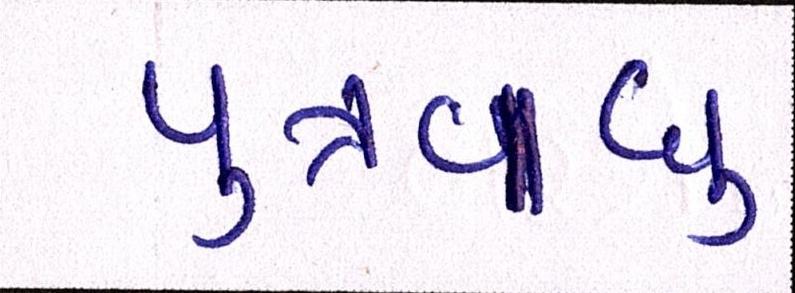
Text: પુત્રવધુ